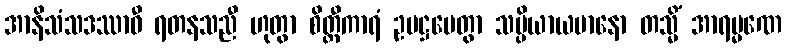
အာနိသံသဒဿာဝီ ရတနသညီ ဟုတွာ စိတ္တီကာရံ ဥပဋ္ဌပေတွာ သမ္ပိယာယမာနော တသ္မိံ အာရမ္မဏေ